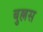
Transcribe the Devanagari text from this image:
बुल्लस